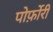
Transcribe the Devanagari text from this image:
पोर्फ़ोरी